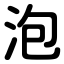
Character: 泡